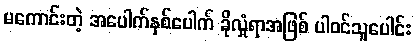
မကောင်းတဲ့ အပေါက်နှစ်ပေါက် ခိုလှုံရာအဖြစ် ပါဝင်သူပေါင်း